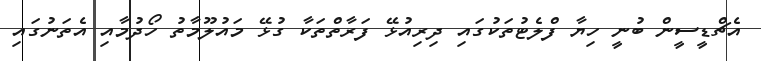
އެޗްޑީސީން ބުނީ ހިޔާ ފްލެޓުތަކުގައި ދިރިއުޅޭ ފަރާތްތަކާ ގުޅޭ މައުލޫމާތު ހޯދުމާއި އެތަނުގައި